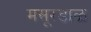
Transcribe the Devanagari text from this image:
मसूरडाळ